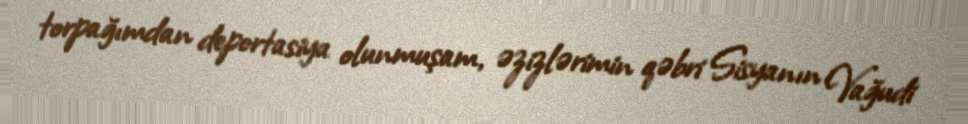
torpağımdan deportasiya olunmuşam, əzizlərimin qəbri Sisyanın Vağudi